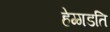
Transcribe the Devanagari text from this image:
हेग्गडति